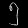
Digit: ၅